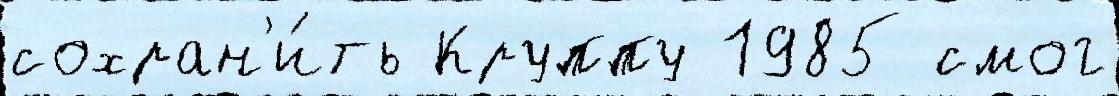
сохран'и́ть Круппу 1985 смог